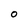
Character: O